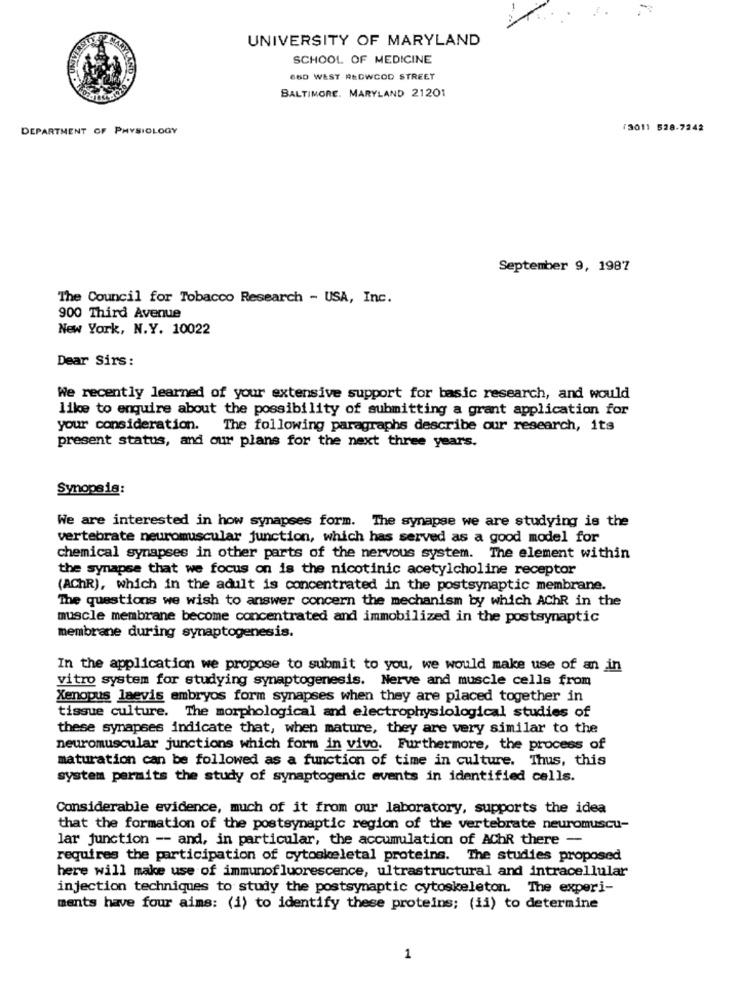
UNIVERSITY OF MARYLAND
SCHOOL OF MEDICINE
66D WEST REGWCOD STREET
BALTIMORE, MARYLAND 21201
DEPARTMENT OF PHYSIOLOGY
(301) 528-7242
September 9, 1987
The Council for Tobacco Research - USA, Inc.
900 Third Avenue
New York, N.Y. 10022
Dear Sirs:
We recently learned of your extensive support for basic research, and would
like to enquire about the possibility of submitting a grant application for
your consideration. The following paragraphs describe our research, its
present status, and our plans for the next three years.
Synopsis:
We are interested in how synapses form. The synapse we are studying is the
vertebrate neuromuscular junction, which has served as a good model for
chemical synapses in other parts of the nervous system. The element within
the synapse that we focus on is the nicotinic acetylcholine receptor
(AChR), which in the adult is concentrated in the postsynaptic membrane.
The questions we wish to answer concern the mechanism by which AChR in the
muscle membrane become concentrated and immobilized in the postsynaptic
membrane during synaptogenesis.
In the application we propose to submit to you, we would make use of an in
vitro system for studying synaptogenesis. Nerve and muscle cells from
Xenopus laevis embryos form synapses when they are placed together in
tissue culture. The morphological and electrophysiological studies of
these synapses indicate that, when mature, they are very similar to the
neuromuscular junctions which form in vivo. Furthermore, the process of
maturation can be followed as a function of time in culture. Thus, this
system permits the study of synaptogenic events in identified cells.
Considerable evidence, much of it from our laboratory, supports the idea
that the formation of the postsynaptic region of the vertebrate neuromuscu-
lar junction -- and, in particular, the accumulation of AChR there -
requires the participation of cytoskeletal proteins. The studies proposed
here will make use of immunofluorescence, ultrastructural and intracellular
injection techniques to study the postsynaptic cytoskeleton. The experi-
ments have four aims: (i) to identify these proteins; (ii) to determine
1